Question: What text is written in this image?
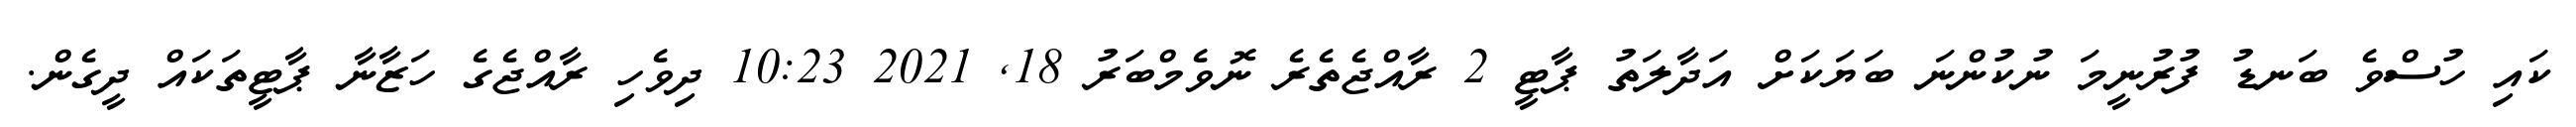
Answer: ކައި ހުސްވެ ބަނޑު ފުރުނީމަ ނުކުންނަ ބަޔަކަށް އަދާލަތު ޕާޓީ 2 ރާއްޖެތެރެ ނޮވެމްބަރު 18, 2021 10:23 ދިވެހި ރާއްޖެގެ ހަޒާނާ ޕާޓީތަކައް ދީގެން.